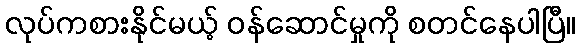
လုပ်ကစားနိုင်မယ့် ဝန်ဆောင်မှုကို စတင်နေပါပြီ။